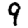
Digit: 9